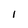
Character: l